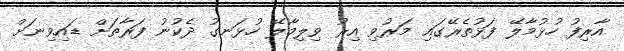
އާރިފު ހުޅުމާލޭ ފަޅުތެރޭގައި މަރުވި އިރު ވިލިމާލޭ ހުޅަނގު ދެކުނު ފަރާތަށް ޑައިވިނަށް